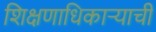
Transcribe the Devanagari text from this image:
शिक्षणाधिकाऱ्याची